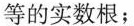
等的实数根；